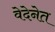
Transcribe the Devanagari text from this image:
वेदेनेत